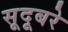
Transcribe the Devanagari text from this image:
सूदूबरे